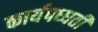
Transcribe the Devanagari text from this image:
कार्यपध्धती